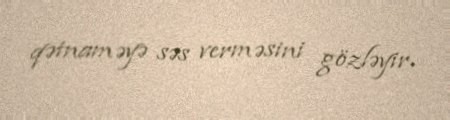
qətnaməyə səs verməsini gözləyir.